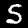
Digit: 5